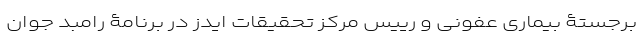
برجستۀ بیماری عفونی و رییس مرکز تحقیقات ایدز در برنامۀ رامبد جوان